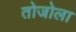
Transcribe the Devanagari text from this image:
तोजोला